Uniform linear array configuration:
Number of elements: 32
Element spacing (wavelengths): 0.5
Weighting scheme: uniform
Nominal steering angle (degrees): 30
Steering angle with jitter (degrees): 30.995
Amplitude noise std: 0.05
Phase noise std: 0.05

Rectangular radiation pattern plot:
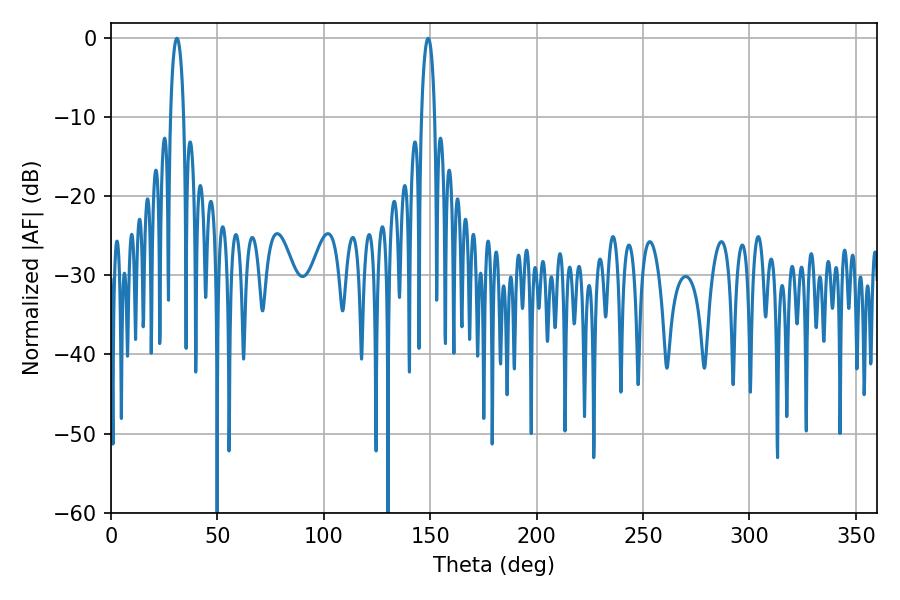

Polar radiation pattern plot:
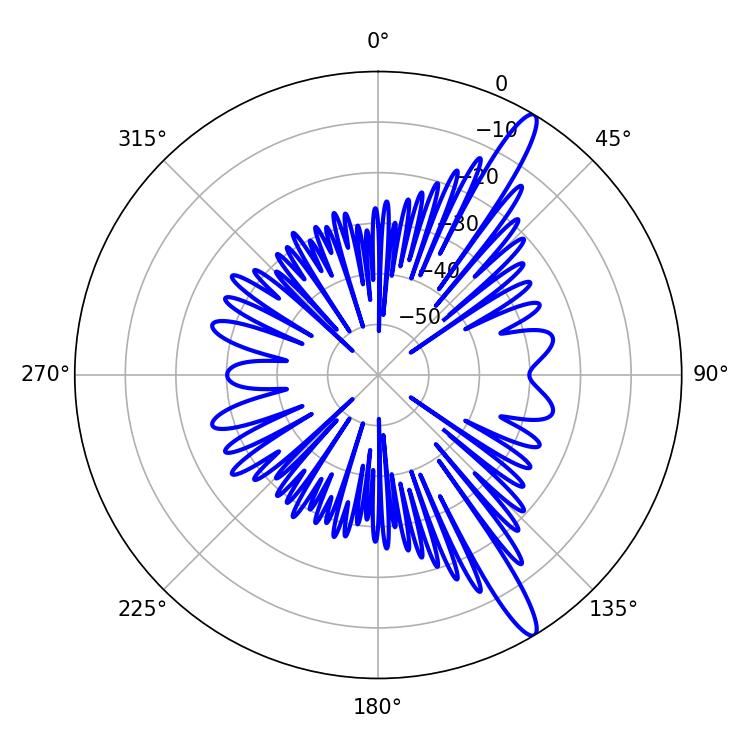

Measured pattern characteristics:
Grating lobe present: FALSE
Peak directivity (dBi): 14.309
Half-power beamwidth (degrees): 3.6
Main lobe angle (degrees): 30.96